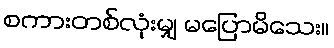
စကားတစ်လုံးမျှ မပြောမိသေး။